Leprosy in India: report of the Leprosy Commission in India, 1890-91
Year: 1890
Disease focus: Leprosy
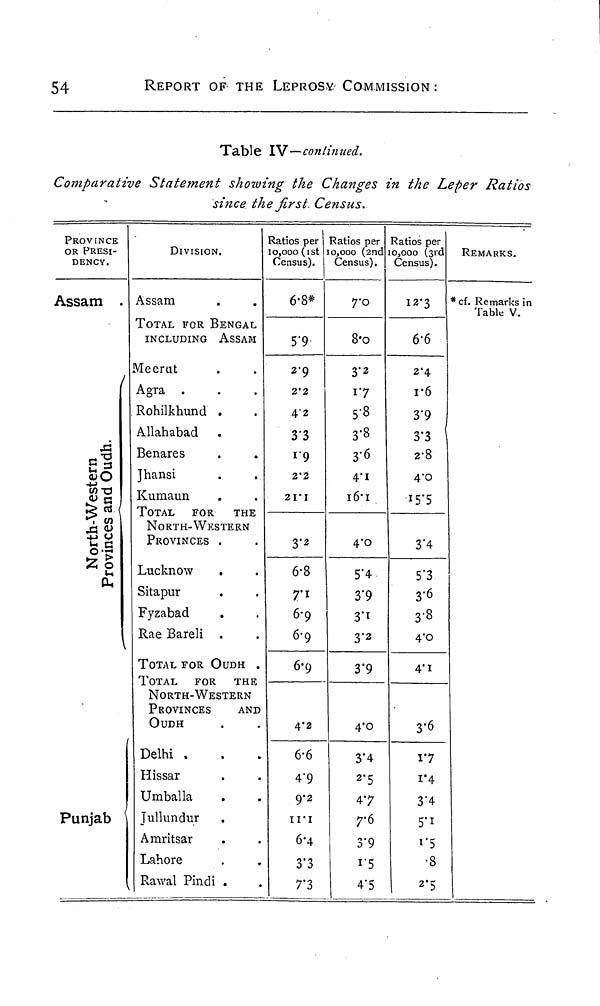
54
REPORT OF THE LEPROSY. COMMISSION:
Table IV—continued.
Comparative Statement showing the Changes in the Leper Ratios
since the first Census.
PROVINCE
OR PRESI-
DENCY.
Assam .
North-Western
Provinces and Oudh.
Punjab
DIVISION.
Assam
TOTAL FOR BENGAL
INCLUDING ASSAM
Meerut
Agra .
Rohilkhund .
Allahabad
Benares
Jhansi
Kumaun
TOTAL
FOR THE
NORTH-WESTERN
PROVINCES .
Lucknow
.
Sitapur
Fyzabad
Rae Bareli .
TOTAL FOR OUDH .
TOTAL
FOR THE
NORTH-WESTERN
PROVINCES
AND
OUDH
Delhi .
Hissar
Umballa
Jullundur
Amritsar
Lahore
Rawal Pindi .
Ratios per
10,000 (1st
Census).
6.8*
5.9
2.9
2.2
4.2
33
1.9
2.2
21.1
3.2
6.8
7.1
6.9
6.9
6.9
4.2
6.6
4.9
9.2
11.1
6.4
3.3
7.3
Ratios per
10,000 (2nd
Census).
7.0
8.0
3.2
1.7
5.8
3.8
3.6
4.1
16.1
4.1
5.4
3.9
3.1
3.2
3.9
4.0
3.4
2.5
47
3.9
1.5
4.5
Ratios per
10,000 (3rd
Census).
12.3
6.6
2.4
r6
3.9
3.3
2.8
4.0
3.4
5.3
3.6
3.8
4.0
4.1
3.6
1.7
1.4
3.4
1.5
.8
2.5
REMARKS.
*cf. Remarks in
Table V.